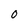
Character: 0